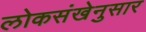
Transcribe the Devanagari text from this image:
लोकसंखेनुसार